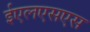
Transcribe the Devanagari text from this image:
ईएलएसएस